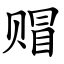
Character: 赗